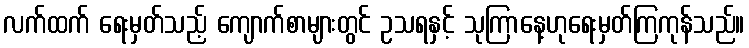
လက်ထက် ရေးမှတ်သည့် ကျောက်စာများတွင် ဥသရနှင့် သုကြာနေ့ဟုရေးမှတ်ကြကုန်သည်။